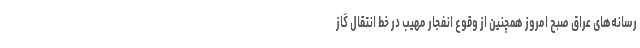
رسانه‌های عراق صبح امروز همچنین از وقوع انفجار مهیب در خط انتقال گاز